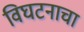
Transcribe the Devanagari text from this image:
विघटनाचा